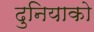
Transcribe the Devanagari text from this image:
दुनियाको